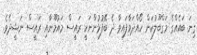
ގިނަ ބައެއްގެ މަގްބޫލުކަން ހޯއްދަވާފައިވާ ދެ ބޭފުޅުންނަކީ ރައީސް މައުމޫނާއި ރައީސް ނަޝީދެވެ.